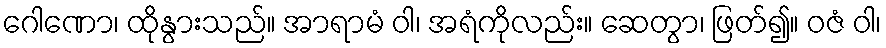
ဂေါဏော၊ ထိုနွားသည်။ အာရာမံ ဝါ၊ အရံကိုလည်း။ ဆေတွာ၊ ဖြတ်၍။ ဝဇံ ဝါ၊